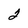
Character: 2